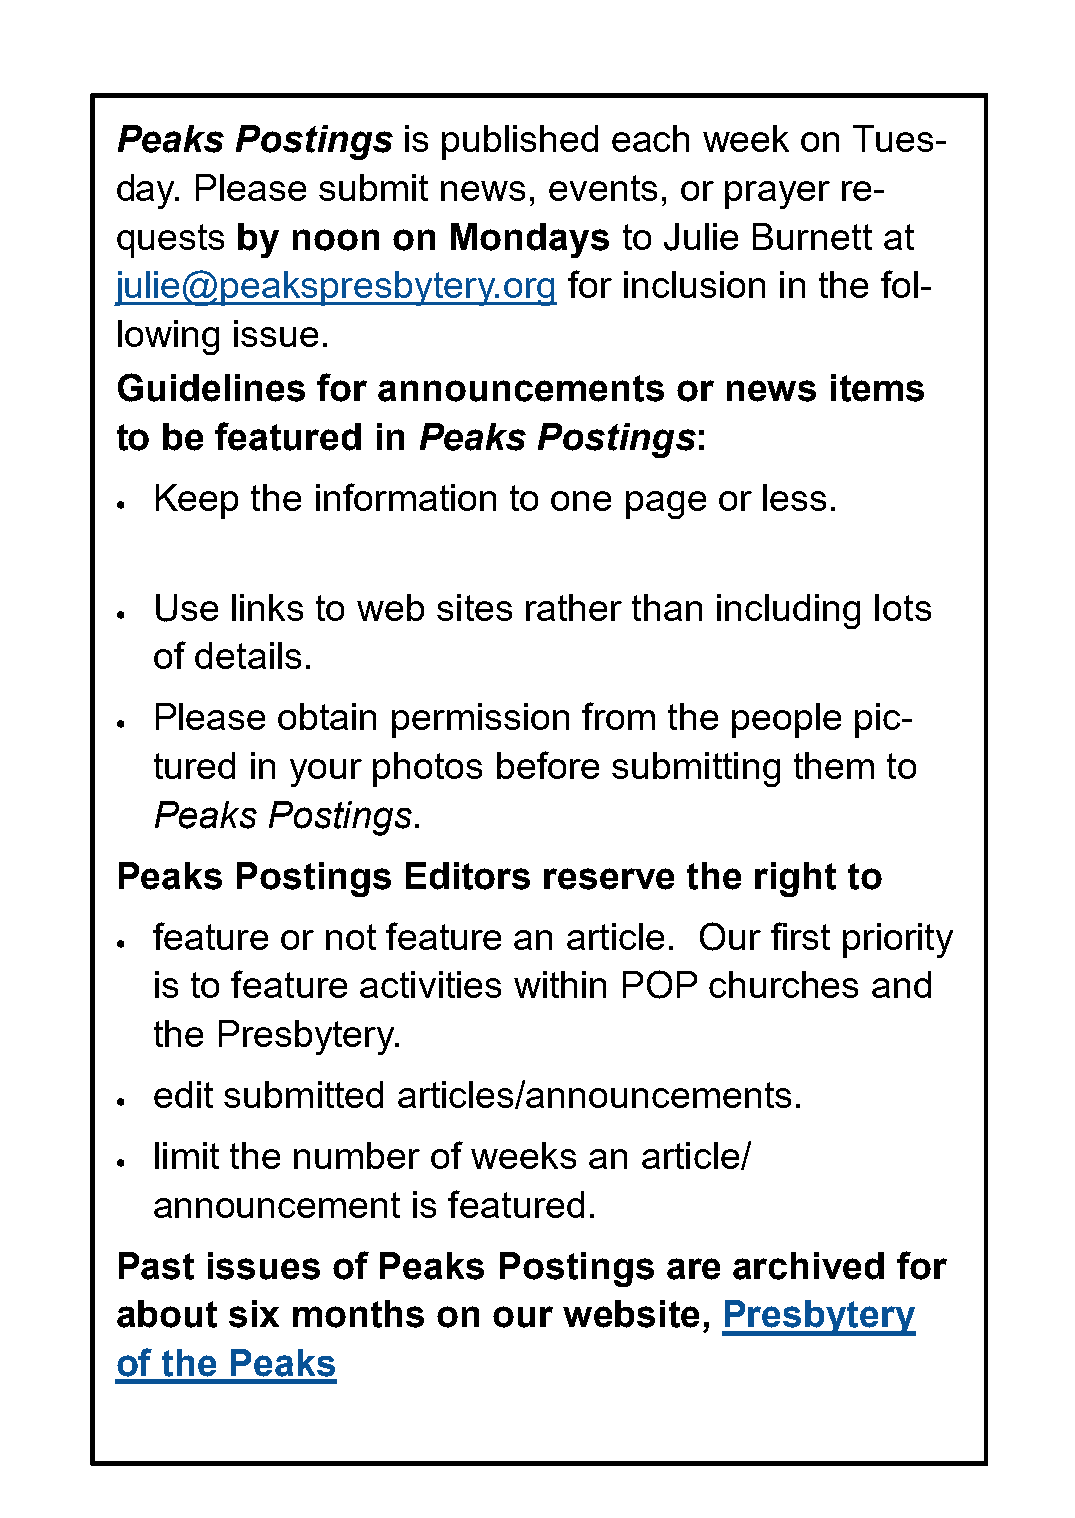
Peaks   Postings   is published  each  week  on Tues-
 day. Please  submit  news,  events,  or prayer  re-
 quests  by noon   on  Mondays    to Julie Burnett at
 julie@peakspresbytery.org     for inclusion in the fol-
 lowing issue.
 Guidelines   for announcements       or news   items
 to be featured   in Peaks   Postings:
 Keep   the information  to one page   or less.
 •
 Use  links to web  sites rather than including  lots
 •
 of details.
 Please  obtain  permission   from the people  pic-
 •
 tured in your  photos  before submitting  them   to
 Peaks   Postings.
 Peaks   Postings   Editors  reserve  the  right to
 feature  or not feature an article. Our  first priority
 •
 is to feature activities within POP  churches   and
 the Presbytery.
 edit submitted  articles/announcements.
 •
 limit the number  of weeks   an article/
 •
 announcement     is featured.
 Past  issues  of Peaks   Postings   are archived   for
 about  six months    on  our website,   Presbytery
 of the Peaks